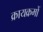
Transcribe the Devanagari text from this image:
क्रायक्रमों